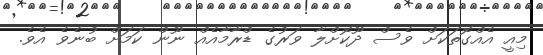
މިއީ އެއްގޮތަކަށް ވެސް ދޫކޮށްލާ ވަރުގެ ޑްރާމާއެއް ނޫން ކަމަށް ބުނެވެ އެވެ.